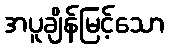
အပူချိန်မြင့်သော